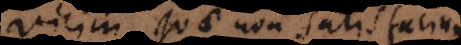
vicini quae non satisfaciunt.